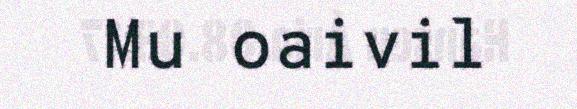
Mu oaivil